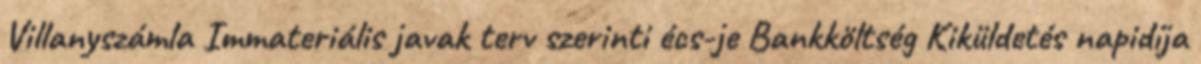
Villanyszámla Immateriális javak terv szerinti écs-je Bankköltség Kiküldetés napidíja